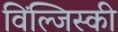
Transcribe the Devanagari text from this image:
विंल्जिस्की